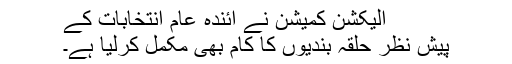
الیکشن کمیشن نے آئندہ عام انتخابات کے
پیش نظر حلقہ بندیوں کا کام بھی مکمل کرلیا ہے۔